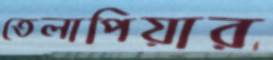
তেলাপিয়ার